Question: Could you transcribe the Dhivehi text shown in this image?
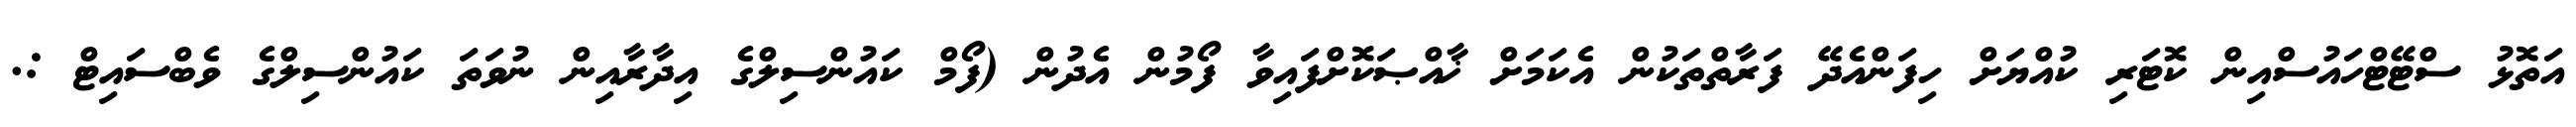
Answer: އަތޮޅު ސްޓޭޓްހައުސްއިން ކޮޓަރި ކުއްޔަށް ހިފަންއެދޭ ފަރާތްތަކުން އެކަމަށް ޚާއްޞަކޮށްފައިވާ ފޯމުން އެދުން (ފޯމް ކައުންސިލްގެ އިދާރާއިން ނުވަތަ ކައުންސިލްގެ ވެބްސައިޓް :.